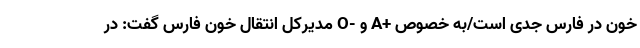
خون در فارس جدی است/به خصوص +A و -O مدیرکل انتقال خون فارس گفت: در